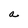
Character: a